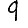
Digit: 9